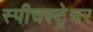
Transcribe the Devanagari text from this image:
स्पीचस्ट्रेचर